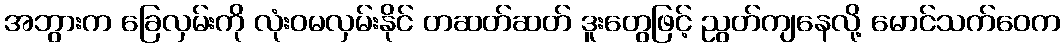
အဘွားက ခြေလှမ်းကို လုံးဝမလှမ်းနိုင် တဆတ်ဆတ် ဒူးတွေဖြင့် ညွတ်ကျနေလို့ မောင်သက်ဝေက